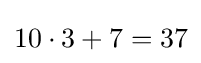
10\cdot 3+7=37